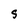
Character: S